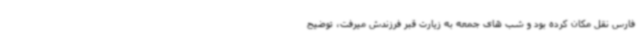
فارس نقل مکان کرده بود و شب های جمعه به زیارت قبر فرزندش میرفت، توضیح